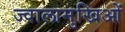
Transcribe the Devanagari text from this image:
ज्वालामुखिओं